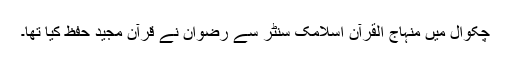
چکوال میں منہاج القرآن اسلامک سنٹر سے رضوان نے قرآن مجید حفظ کیا تھا۔